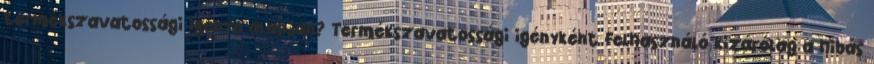
termékszavatossági igénye alapján? Termékszavatossági igényként Felhasználó kizárólag a hibás